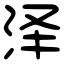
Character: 泽